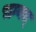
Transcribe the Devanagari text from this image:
भग्वत्